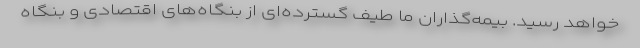
خواهد رسید. بیمه‌گذاران ما طیف گسترده‌ای از بنگاه‌های اقتصادی و بنگاه